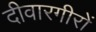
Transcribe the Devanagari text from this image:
दीवारगीरों